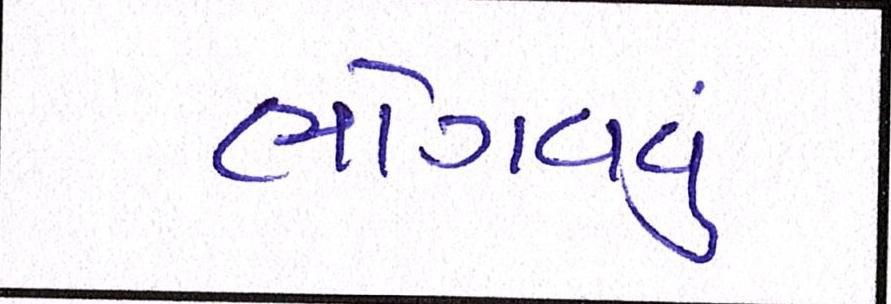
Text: ભોગવવું